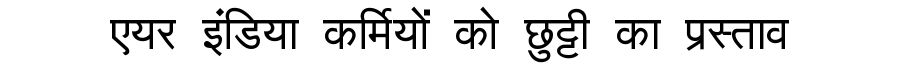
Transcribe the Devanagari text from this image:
एयर इंडिया कर्मियों को छुट्टी का प्रस्ताव